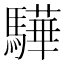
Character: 驊